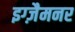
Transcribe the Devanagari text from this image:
इग्ज़ैमनर